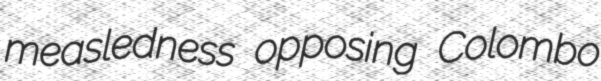
measledness opposing Colombo